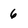
Character: 6